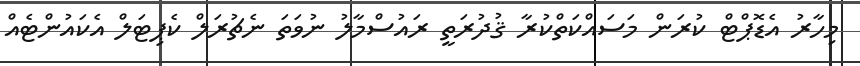
މިހާރު އެޑޮޕްޓް ކުރަން މަސައްކަތްކުރާ ޤުދުރަތީ ރައުސްމާލު ނުވަތަ ނެޗުރަލް ކެޕިޓަލް އެކައުންޓެއް